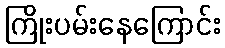
ကြိုးပမ်းနေကြောင်း